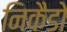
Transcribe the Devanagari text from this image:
निकैडो